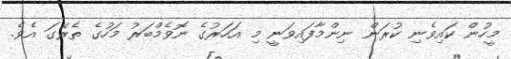
މީހުން ކައިވެނި ކުރަން ނިންމާފައިވަނީ މި އަހަރުގެ ނޮވެމްބަރު މަހުގެ ތެރޭގަ އެވެ.